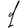
Digit: 1